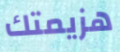
هزيمتك